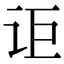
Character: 讵